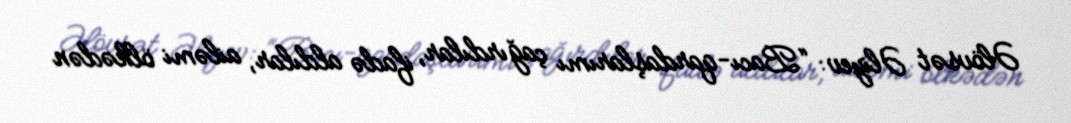
Əlövsət Əliyev: “Bacı-qardaşlarımı çağırdılar, ifadə aldılar, ailəmi ölkədən